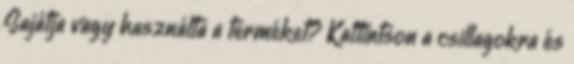
Sajátja vagy használta a terméket? Kattintson a csillagokra és